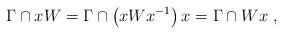
LaTeX: \begin{align*}\Gamma\cap xW =\Gamma\cap\left( xW x^{-1}\right) x = \Gamma\cap Wx~,\end{align*}